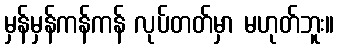
မှန်မှန်ကန်ကန် လုပ်တတ်မှာ မဟုတ်ဘူး။